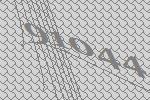
91044